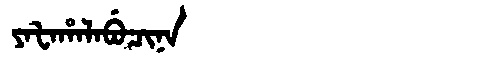
Manchu: ᠶᠠᡶᠠᡥᠠᠯᠠᠪᡠᠴᡳᠨᠠ
Romanization: YAFAHALABUCINA